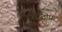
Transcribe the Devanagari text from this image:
एपोस्ट्रोफ़